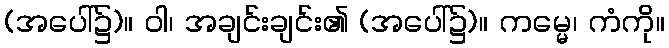
(အပေါ်၌)။ ဝါ၊ အချင်းချင်း၏ (အပေါ်၌)။ ကမ္မေ၊ ကံကို။